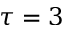
\tau = 3